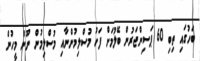
ބަހުގައި ތިބި 60 ޕަސިންޖަރުން ބޭލުމަށް ފަހު މުސްލިމުންނާއި މުސްލިމުން ނޫން މީހުން